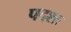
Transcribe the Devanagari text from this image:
पदशः